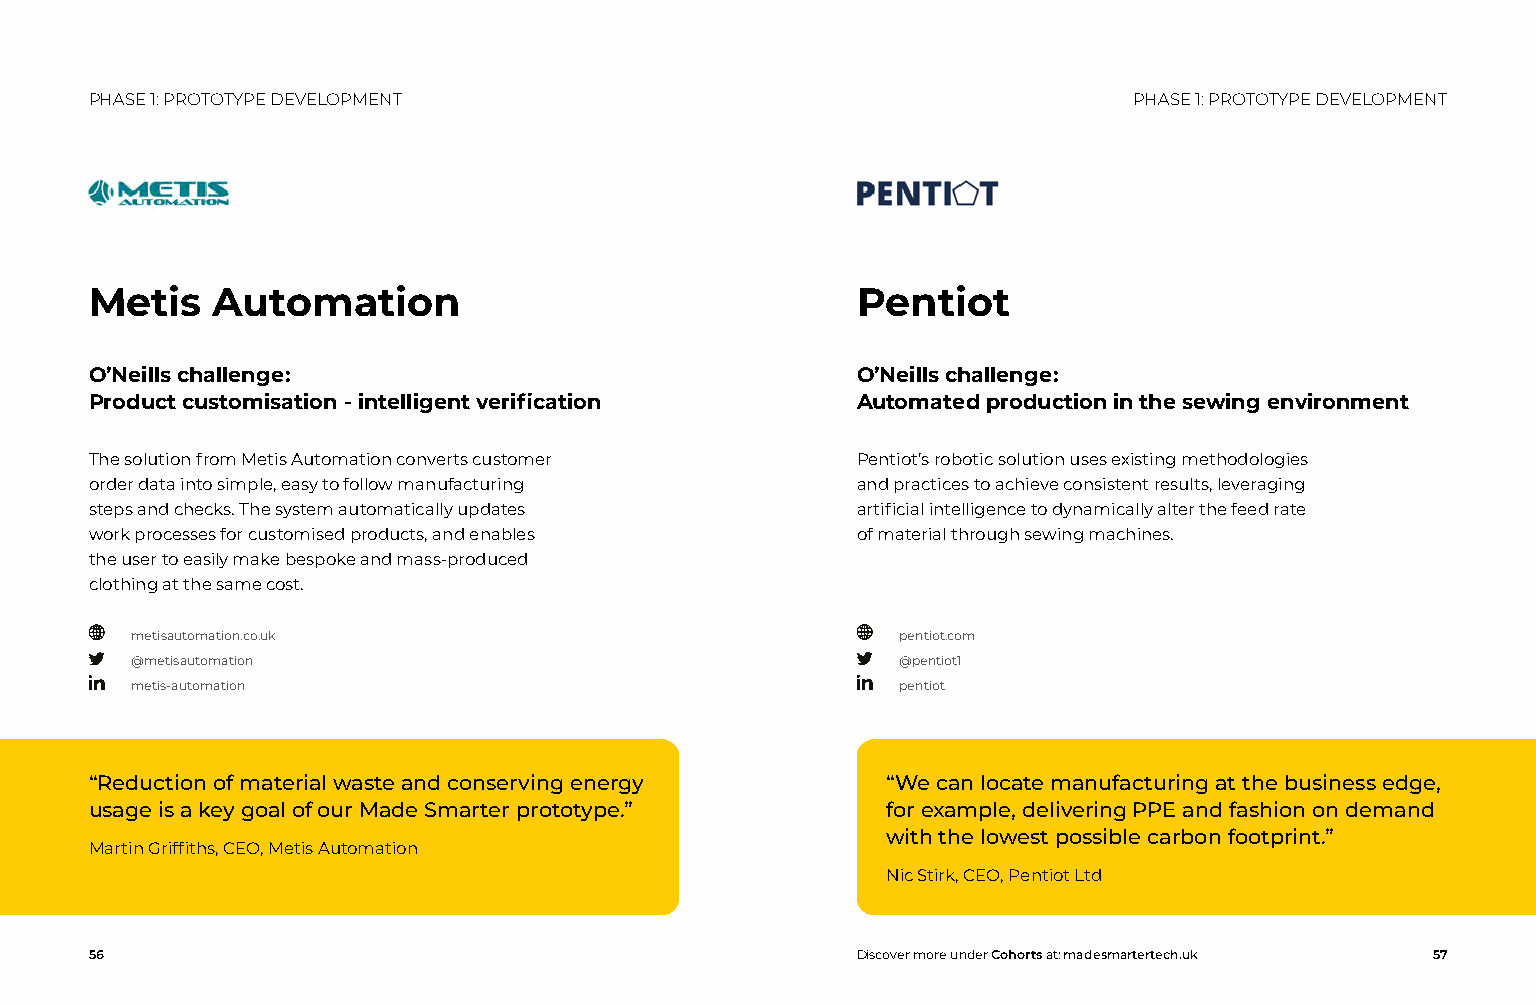
PHASE 1: PROTOTYPE DEVELOPMENT                                       PHASE 1: PROTOTYPE DEVELOPMENT
 Metis   Automation                                 Pentiot
 O’Neills challenge:                                O’Neills challenge:
 Product customisation - intelligent verification   Automated production in the sewing environment
 The solution from Metis Automation converts customer Pentiot’s robotic solution uses existing methodologies
 order data into simple, easy to follow manufacturing and practices to achieve consistent results, leveraging
 steps and checks. The system automatically updates artificial intelligence to dynamically alter the feed rate
 work processes for customised products, and enables of material through sewing machines.
 the user to easily make bespoke and mass-produced
 clothing at the same cost.
 metisautomation.co.uk                              pentiot.com
 @metisautomation                                   @pentiot1
 metis-automation                                   pentiot
 “Reduction of material waste and conserving energy   “We can locate manufacturing at the business edge,
 usage is a key goal of our Made Smarter prototype.”  for example, delivering PPE and fashion on demand
 with the lowest possible carbon footprint.”
 Martin Griffiths, CEO, Metis Automation
 Nic Stirk, CEO, Pentiot Ltd
 56                                                 Discover more under Cohorts at: madesmartertech.uk 57